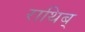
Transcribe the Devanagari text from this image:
राथिब्